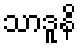
သာဒူနိ